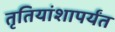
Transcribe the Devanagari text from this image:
तृतियांशापर्यंत